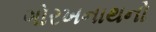
ગોરખનાથનો